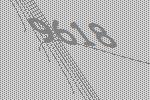
9618